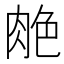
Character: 𰮣